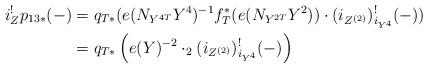
LaTeX: \begin{align*}i_Z^! p_{13*}(-) & = q_{T*}(e(N_{Y^{4T}}Y^4)^{-1}f_T^*(e(N_{Y^{2T}}Y^2))\cdot (i_{Z^{(2)}})^!_{i_{Y^4}}(-))\\& = q_{T*}\left(e(Y)^{-2}\cdot_2 (i_{Z^{(2)}})^!_{i_{Y^4}}(-)\right)\end{align*}